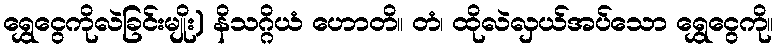
ရွှေငွေကိုလဲခြင်းမျိုး) နိသဂ္ဂိယံ ဟောတိ။ တံ၊ ထိုလဲလှယ်အပ်သော ရွှေငွေကို။